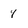
Character: 4